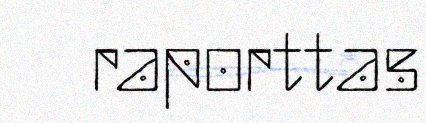
raporttas